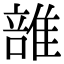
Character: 𨿦